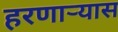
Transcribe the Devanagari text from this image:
हरणार्‍यास